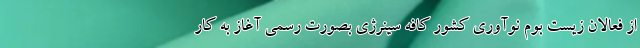
از فعالان زیست بوم نوآوری کشور کافه سینرژی بصورت رسمی آغاز به کار